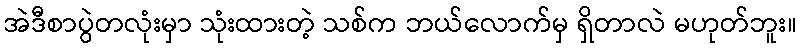
အဲဒီစာပွဲတလုံးမှာ သုံးထားတဲ့ သစ်က ဘယ်လောက်မှ ရှိတာလဲ မဟုတ်ဘူး။